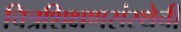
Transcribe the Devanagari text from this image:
चित्रशिक्षणसंस्थेची